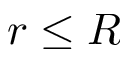
r \le R